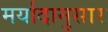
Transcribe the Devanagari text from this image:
मर्यादानुसार